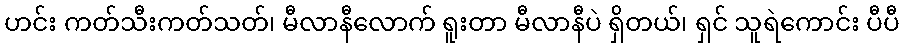
ဟင်း ကတ်သီးကတ်သတ်၊ မီလာနီလောက် ရူးတာ မီလာနီပဲ ရှိတယ်၊ ရှင် သူရဲကောင်း ပီပီ